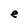
Character: e